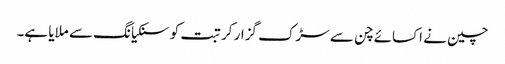
چین نے اکسائے چن سے سڑک گزار کر تبت کو سنکیانگ سے ملایا ہے۔